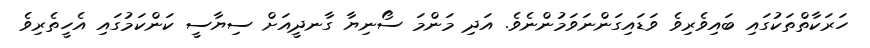
ހަރަކާތްތަކުގައި ބައިވެރިވެ ވަޑައިގަންނަވަމުންނެވެ. އަދި މަންމަ ސޯނިޔާ ގާނދީއަށް ސިޔާސީ ކަންކަމުގައި އެހީތެރިވެ